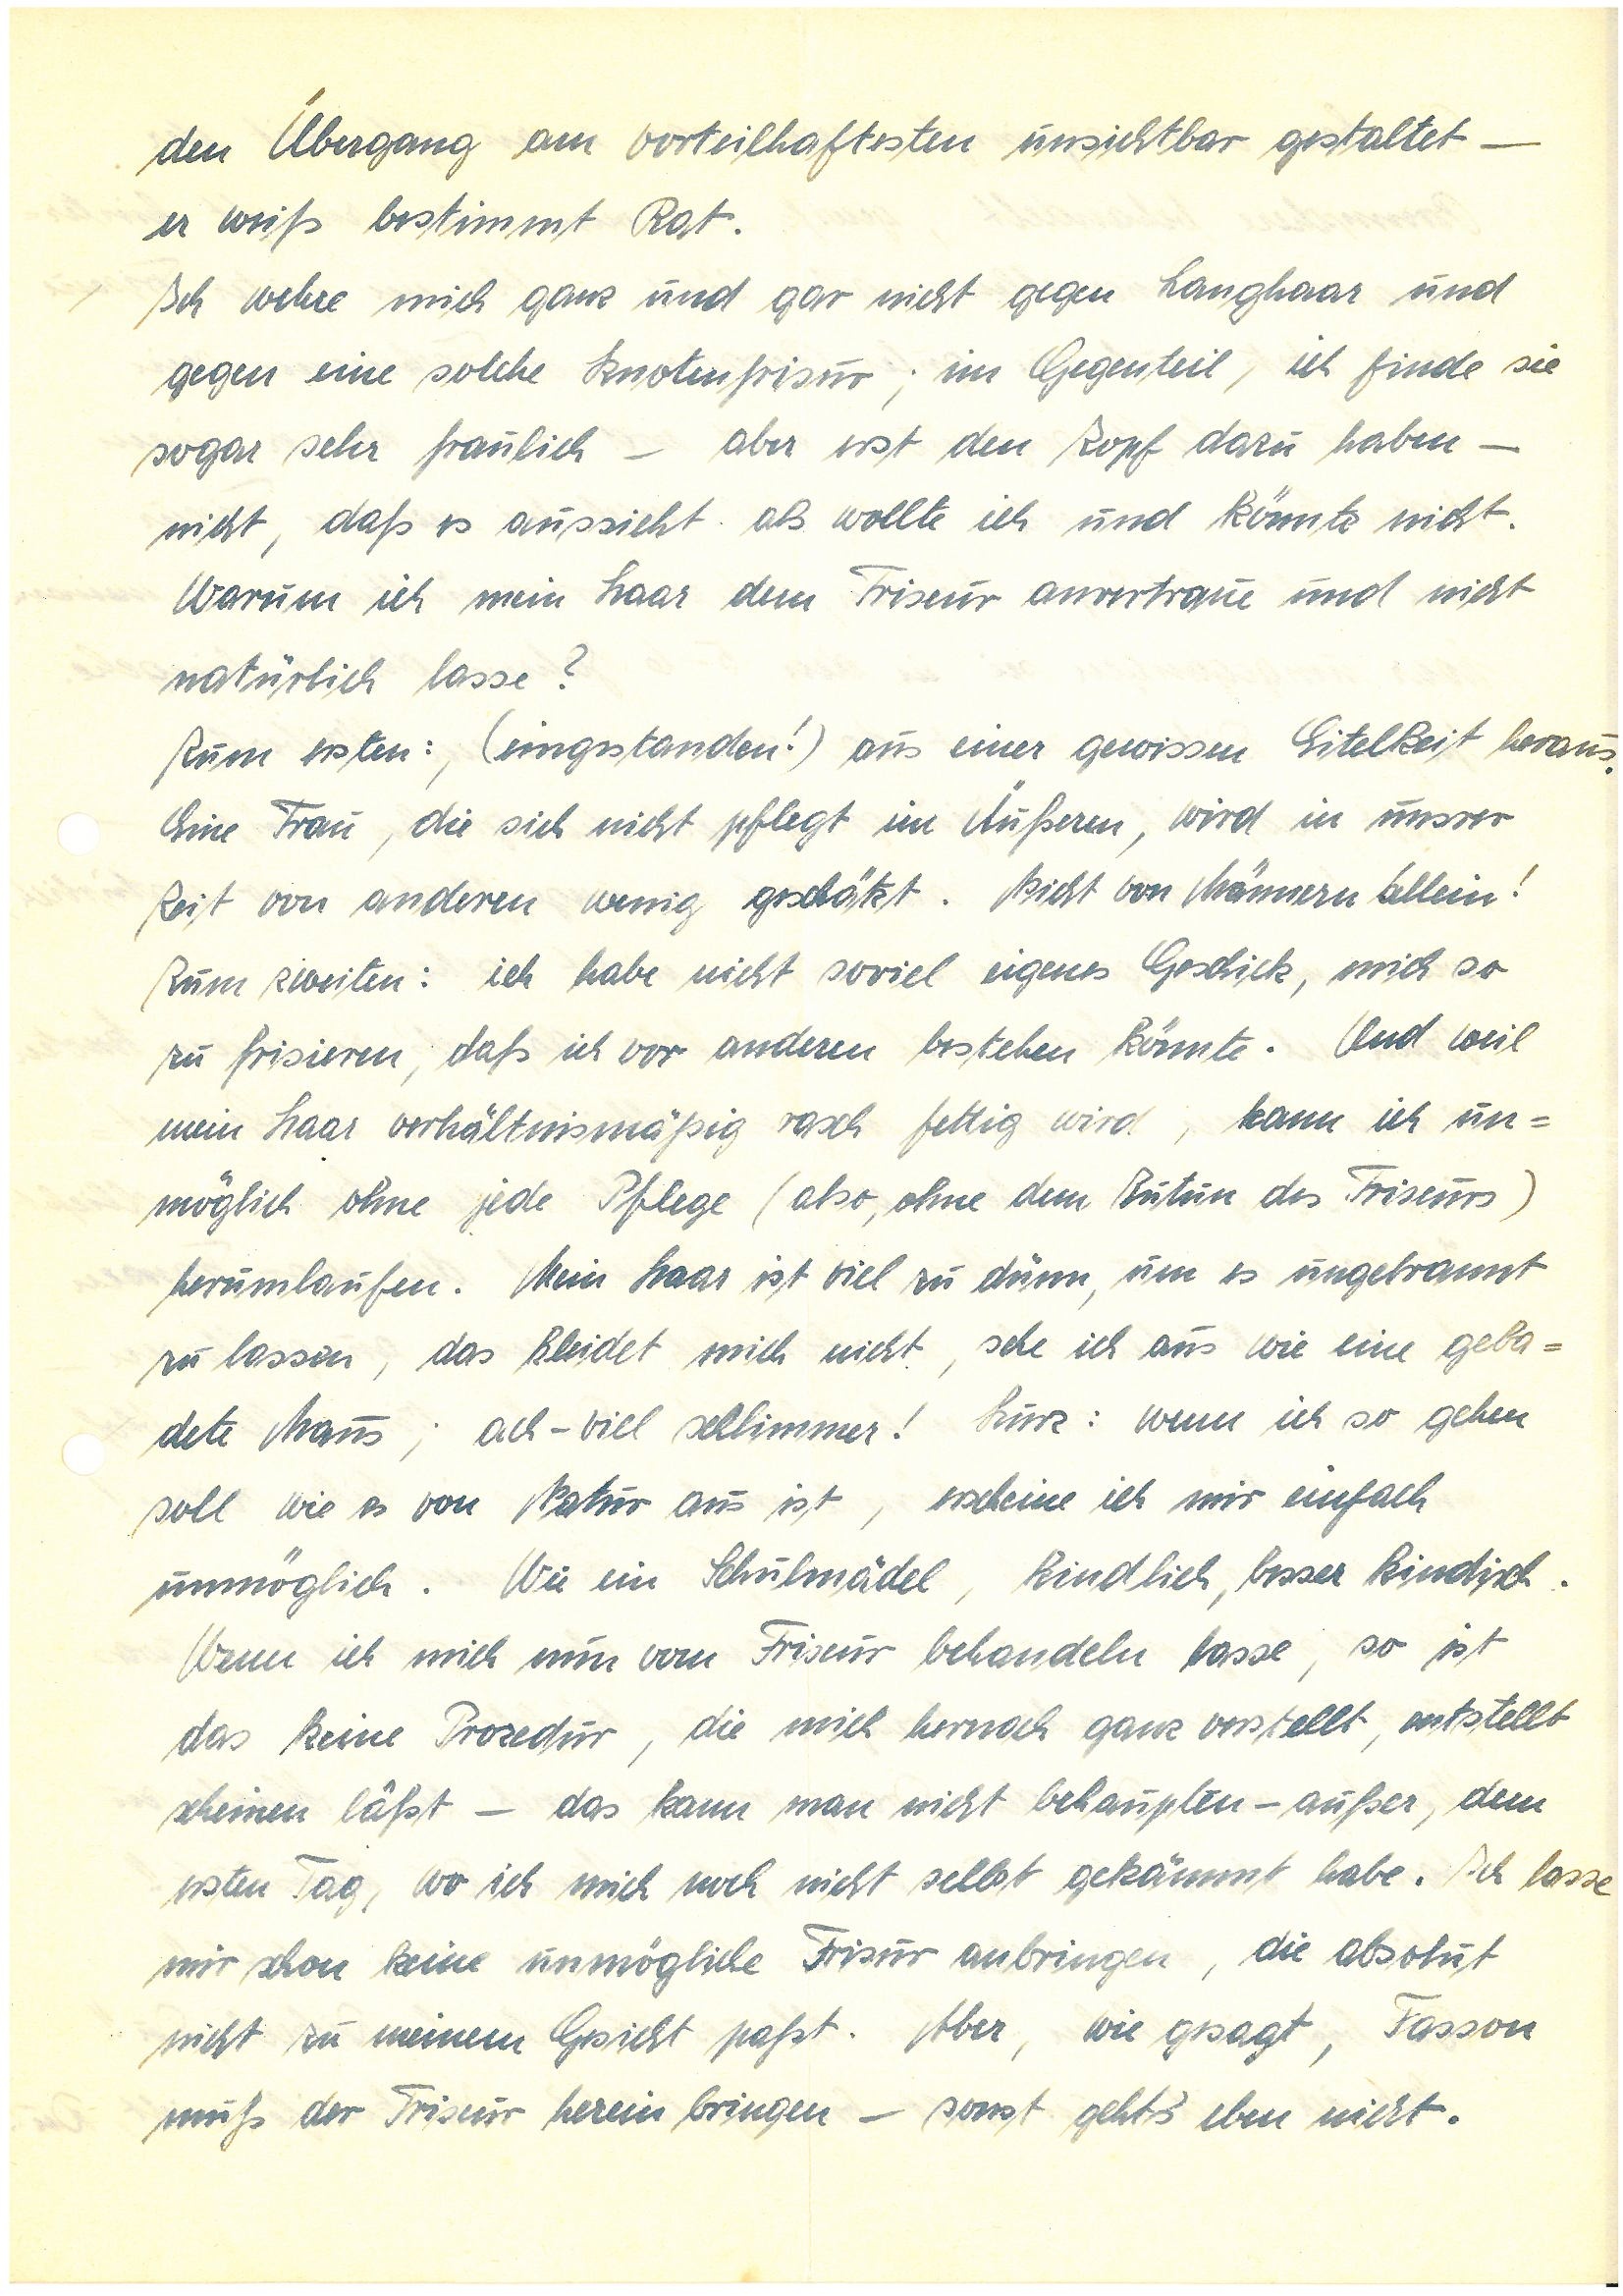
den Übergang am vorteilhaftesten unsichtbar gestaltet —
er weiß bestimmt Rat.
Ich wehre mich ganz und gar nicht gegen Langhaar und
gegen eine solche Knotenfrisur; im Gegenteil, ich finde sie
sogar recht fraulich – aber erst den Zopf dazu haben –
nicht, daß es aussieht als wollte ich und könnte nicht.
Warum ich mein Haar dem Friseur anvertraue und nicht
natürlich lasse?
Zum ersten:, (eingestanden!) aus einer gewissen Eitelkeit heraus.
Eine Frau, die sich nicht pflegt im Äußeren, wird in unsrer
Zeit von anderen wenig geschätzt. Nicht von Männern allein!
Zum zweiten: ich habe nicht soviel eigenes Geschick, mich so
zu frisieren, daß ich vor anderen bestehen könnte. Und weil
mein Haar verhältnismäßig rasch fettig wird, kann ich un¬
möglich ohne jede Pflege (also, ohne dem Zutun des Friseurs)
herumlaufen. Mein Haar ist viel zu dünn, um es ungebrannt
zu lassen, das kleidet mich nicht, sehe ich aus wie eine geba¬
dete Maus; ach – viel schlimmer! Kurz: wenn ich so gehen
soll wie es von Natur aus ist, erscheine ich mir einfach
unmöglich. Wie ein Schulmädel, kindlich, besser kindisch.
Wenn ich mich nun vom Friseur behandeln lasse, so ist
das keine Prozedur, die mich hernach ganz verstellt, entstellt
scheinen läßt – das kann man nicht behaupten – außer, dem
ersten Tag, wo ich mich noch nicht selbst gekämmt habe. Ich lasse
mir schon keine unmögliche Frisur anbringen, die absolut
nicht zu meinem Gesicht paßt. Aber, wie gesagt, Fasson
muß der Friseur herein bringen – sonst geht’s eben nicht.